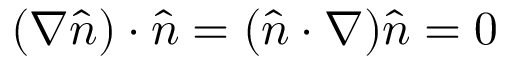
( \nabla \widehat { n } ) \cdot \widehat { n } = ( \widehat { n } \cdot \nabla ) \widehat { n } = 0